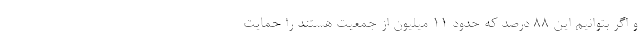
و اگر بتوانیم این 88 درصد که حدود 11 میلیون از جمعیت هستند را حمایت